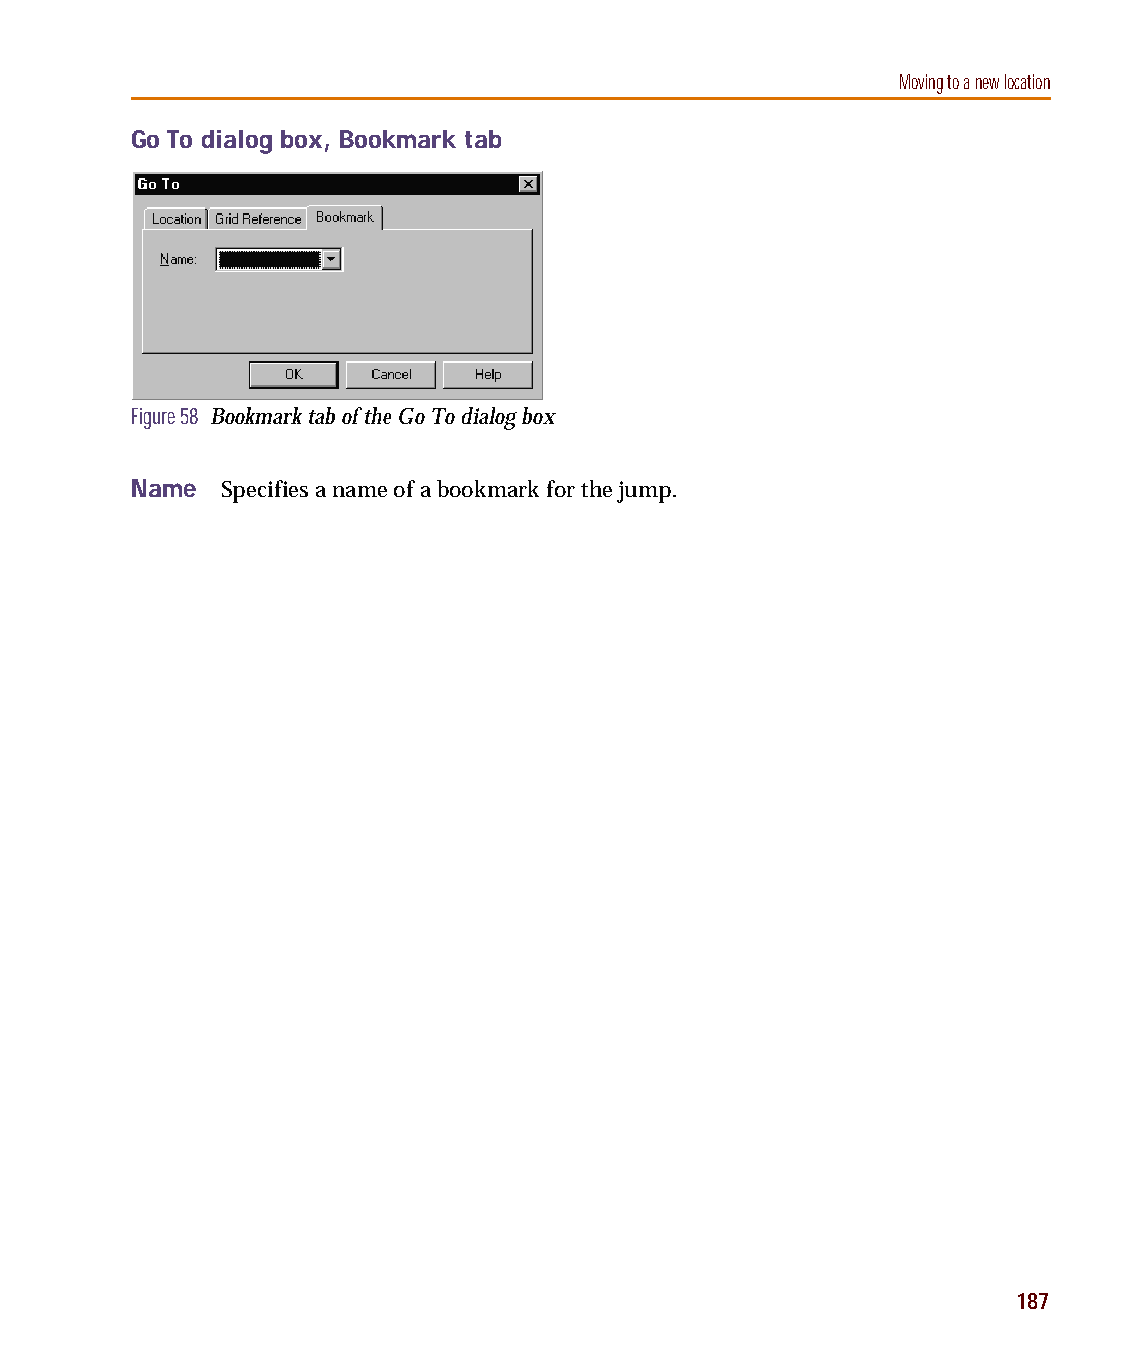
capug.book Page 187 Thursday, November 12, 1998 3:38 PM
 Moving to a new location
 Go To dialog box, Bookmark tab
 Figure 58 Bookmark tab of the Go To dialog box
 Name  Specifies a name of a bookmark for the jump.
 187